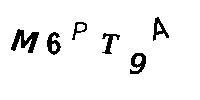
M6PT9A